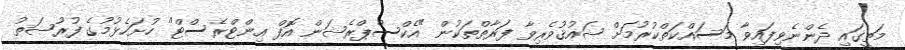
މަތީގައި ދެންނެވިފައިވާ މަސައްކަތްކުރުމަށް ޝައުޤުވެރިވާ ފަރާތްތަކުން "އެކްސްޕްރެޝަން އޮފް އިންޓްރެސްޓް" ހުށަހެޅުމުގެ ފުރުޞަތު